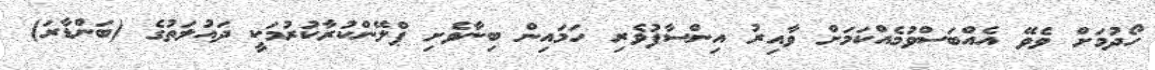
ހޯދުމަށް ވެވޭ އެއްބަސްވުމެއްކަމަށް ވާއިރު އިންސާފުވެރި ހަމައިން ބިނާވެށި ޕްލޭންކުރާކުރުމަކީ ދަައުލަތުގެ (ބަންޑާރަ)